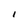
Character: I